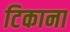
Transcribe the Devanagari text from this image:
टिकाना